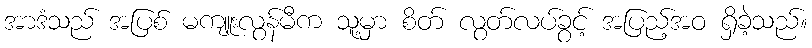
အာဒံသည် အပြစ် မကျူးလွန်မီက သူ့မှာ စိတ် လွတ်လပ်ခွင့် အပြည့်အဝ ရှိခဲ့သည်။